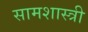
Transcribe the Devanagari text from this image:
सामशास्त्री